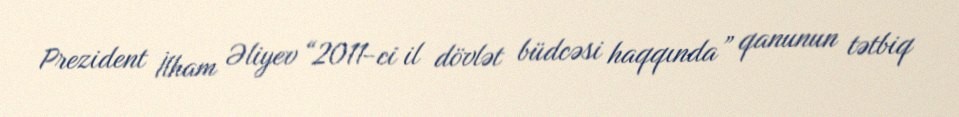
Prezident İlham Əliyev “2011-ci il dövlət büdcəsi haqqında” qanunun tətbiq